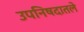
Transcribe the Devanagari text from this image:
उपनिषदातले